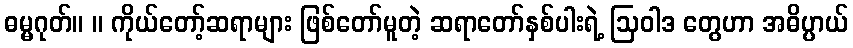
ဓမ္မဂုတ်။ ။ ကိုယ်တော့်ဆရာများ ဖြစ်တော်မူတဲ့ ဆရာတော်နှစ်ပါးရဲ့ ဩဝါဒ တွေဟာ အဓိပ္ပာယ်